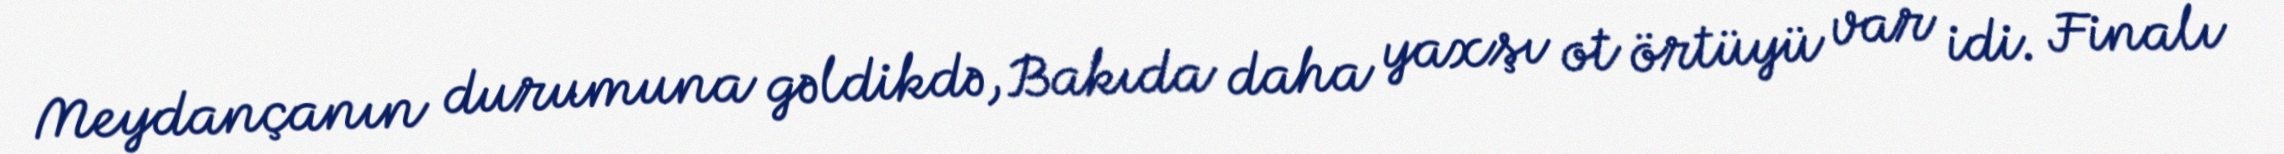
Meydançanın durumuna gəldikdə, Bakıda daha yaxşı ot örtüyü var idi. Finalı